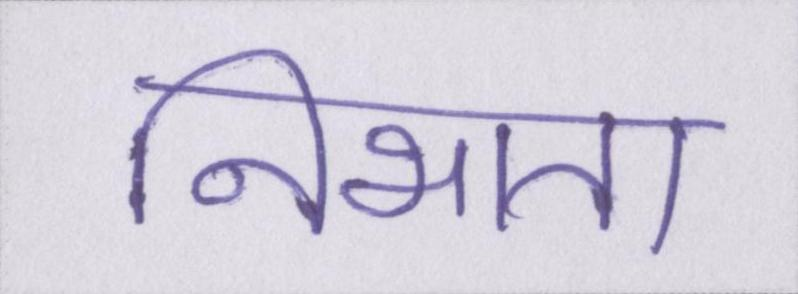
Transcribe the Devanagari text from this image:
निभाता